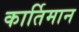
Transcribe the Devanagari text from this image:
कार्तिमान